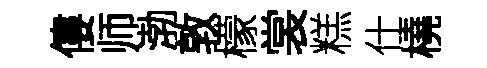
僂师渤敦檬裳糕仕橈